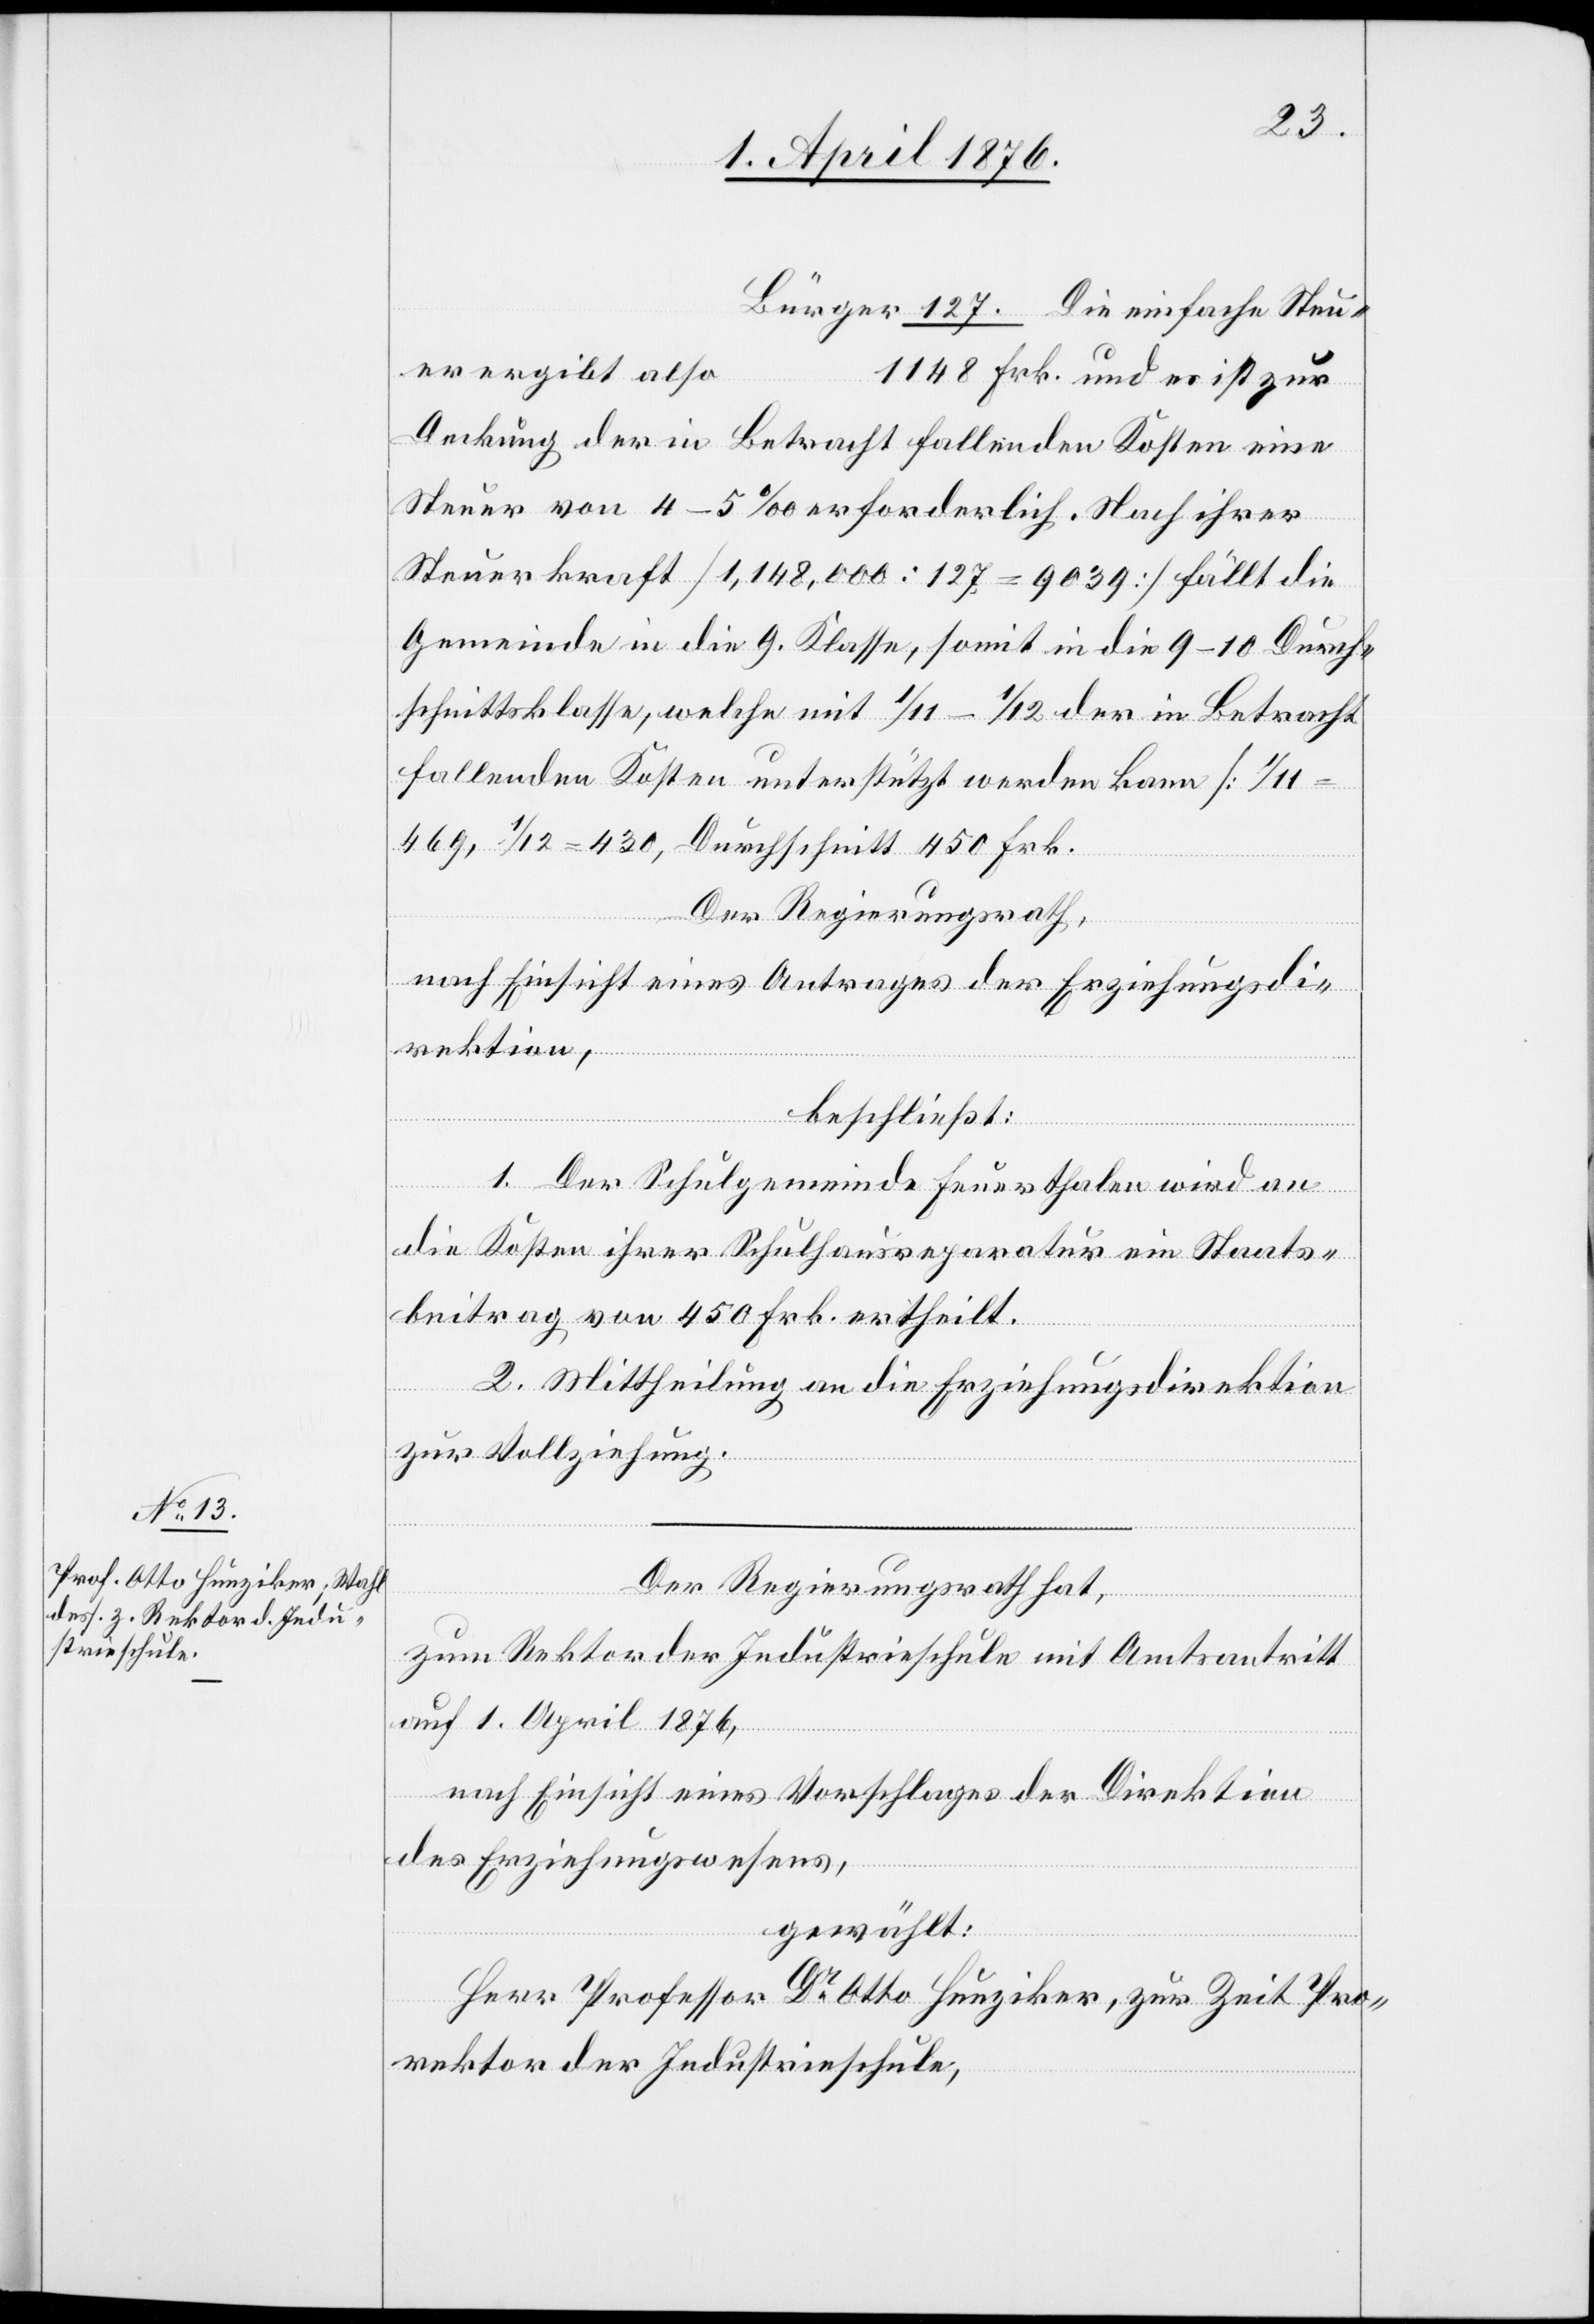
127.
er ergibt also
Deckung der in Betracht fallenden Kosten eine
Steuer von 4–5 ‰ erforderlich. Nach ihrer
Steuerkraft [1,148,000 : 127 = 9039] fällt die
Gemeinde in die 9. Klasse, somit in die 9–10 Durch¬
schnittsklasse, welche mit 1/11–1/12 der in Betracht
fallenden Kosten unterstützt werden kann [1/11
469, 1/12 = 430, Durchschnitt 450 Frk.[].]
Der Regierungsrath,
nach Einsicht eines Antrages der Erziehungsdi¬
rektion,
zur
beschließt:
ist
1. Der Schulgemeinde Feuerthalen wird an
die Kosten ihrer Schulhausreparatur ein Staats¬
beitrag von 450 Frk. ertheilt.
2. Mittheilung an die Erziehungsdirektion
zur Vollziehung.
Der Regierungsrath hat,
und
zum Rektor der Industrieschule mit Amtsantritt
auf 1. April 1876,
nach Einsicht eines Vorschlages der Direktion
des Erziehungswesens,
gewählt:
Herr Professor Dr Otto Hunziker, zur Zeit Pro¬
rektor der Industrieschule,